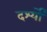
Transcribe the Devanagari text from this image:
दर्श्यों